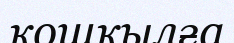
қошқылға